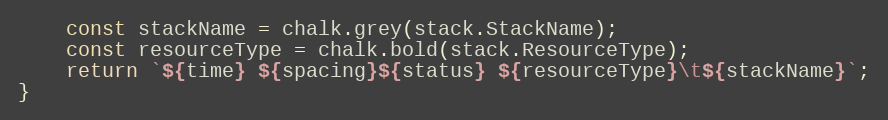
Language: JavaScript
    const stackName = chalk.grey(stack.StackName);
    const resourceType = chalk.bold(stack.ResourceType);
    return `${time} ${spacing}${status} ${resourceType}\t${stackName}`;
}